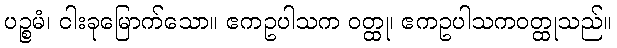
ပဉ္စမံ၊ ငါးခုမြောက်သော။ ဧကဥပါသက ဝတ္ထု၊ ဧကဥပါသကဝတ္ထုသည်။